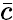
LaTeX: \bar{c}